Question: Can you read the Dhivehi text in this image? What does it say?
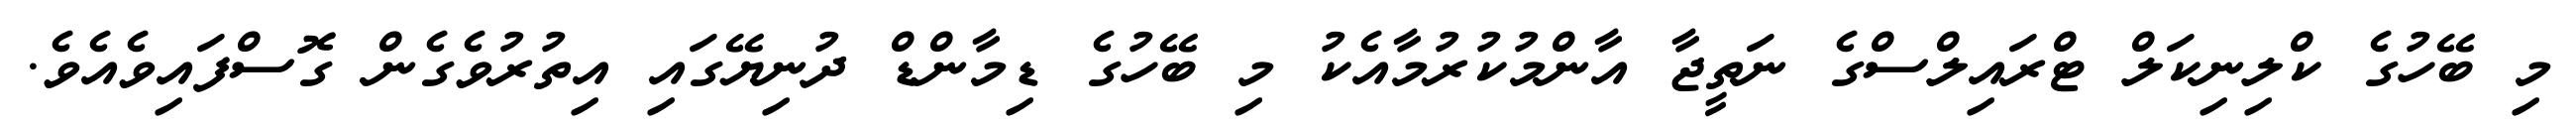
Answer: މި ބޭހުގެ ކްލިނިކަލް ޓްރައިލްސްގެ ނަތީޖާ އާންމުކުރުމާއެކު މި ބޭހުގެ ޑިމާންޑް ދުނިޔޭގައި އިތުރުވެގެން ގޮސްފައިވެއެވެ.